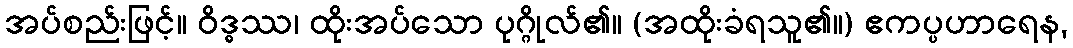
အပ်စည်းဖြင့်။ ဝိဒ္ဓဿ၊ ထိုးအပ်သော ပုဂ္ဂိုလ်၏။ (အထိုးခံရသူ၏။) ဧကပ္ပဟာရေန,